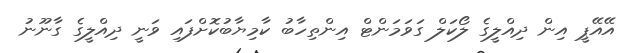
އޭއޭޕީ އިން ދިއްލީގެ ލޯކަލް ގަވަމަންޓް އިންތިހާބު ކާމިޔާބުކޮށްފައި ވަނީ ދިއްލީގެ ގާނޫނު